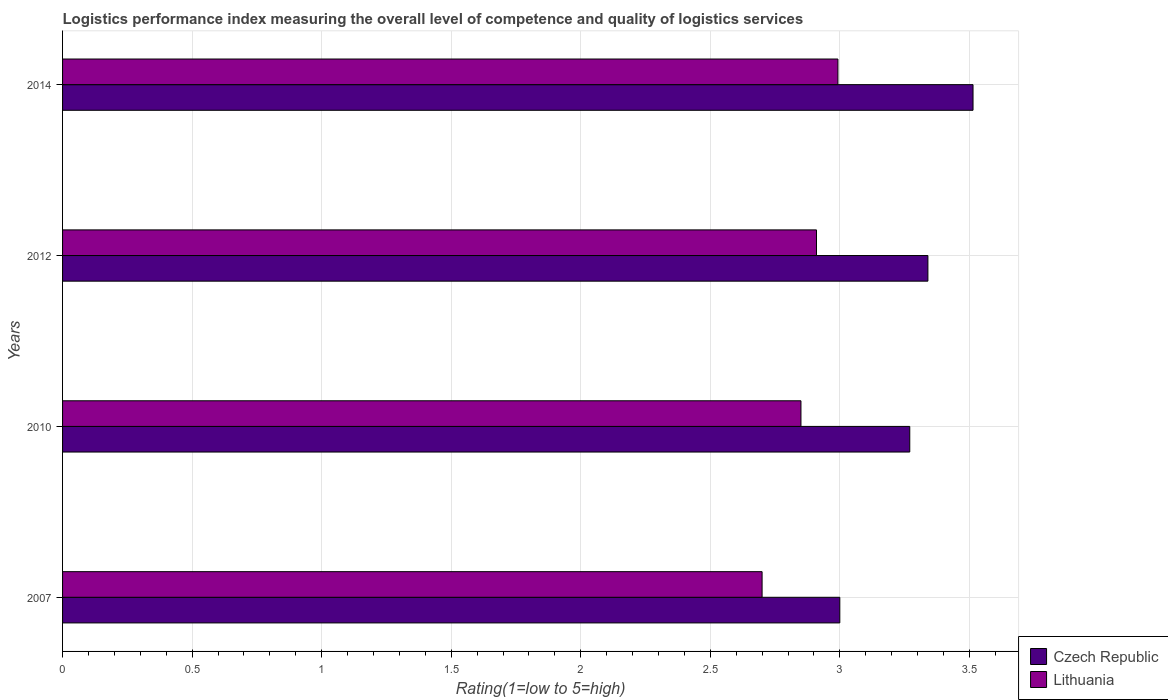
| Years | Czech Republic | Lithuania |
 | --- | --- | --- |
 | 2007 | 3 | 2.7 |
 | 2010 | 3.27 | 2.85 |
 | 2012 | 3.34 | 2.91 |
 | 2014 | 3.51 | 2.99 |